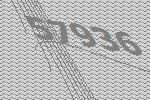
57936